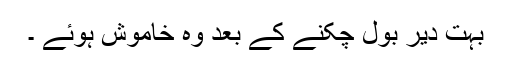
بہت دیر بول چکنے کے بعد وہ خاموش ہوئے ۔